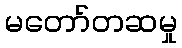
မတော်တဆမှု